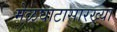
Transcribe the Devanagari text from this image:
मेळघाटासारख्या